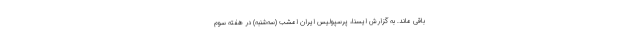
باقی ماند. به گزارش ایسنا، پرسپولیس ایران امشب (سه‌شنبه) در هفته سوم